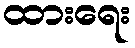
ထားရေး